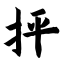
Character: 抨